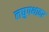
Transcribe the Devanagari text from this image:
लघुपथावर